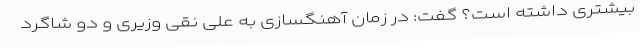
بیشتری داشته است؟ گفت: در زمان آهنگسازی به علی نقی وزیری و دو شاگرد